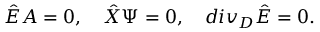
{ \hat { E } } A = 0 , \quad { \hat { X } } \Psi = 0 , \quad d i v _ { \cal D } { \hat { E } } = 0 .